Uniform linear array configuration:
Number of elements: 64
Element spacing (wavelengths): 0.5
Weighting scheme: kaiser
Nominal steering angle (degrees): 30
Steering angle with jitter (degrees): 28.432
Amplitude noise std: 0.05
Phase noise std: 0.05

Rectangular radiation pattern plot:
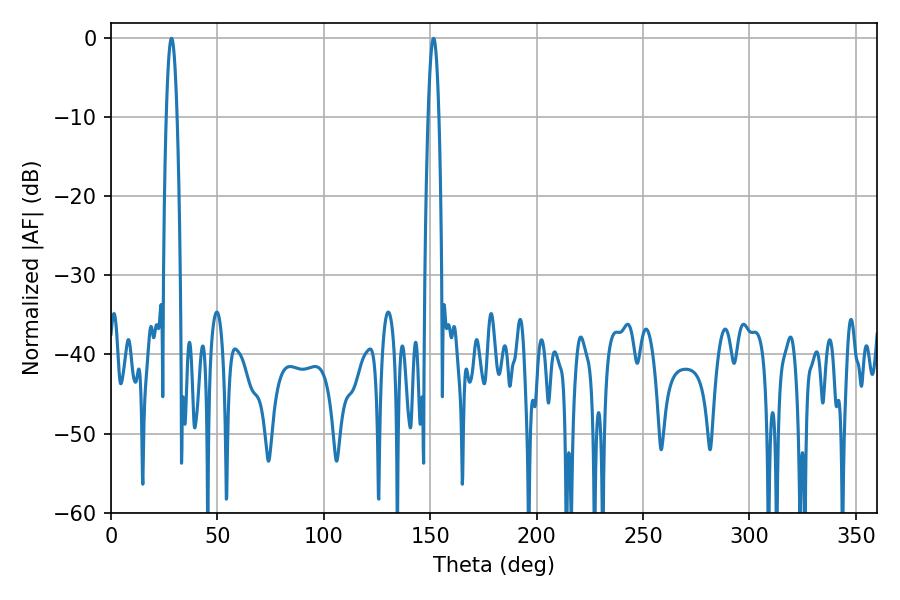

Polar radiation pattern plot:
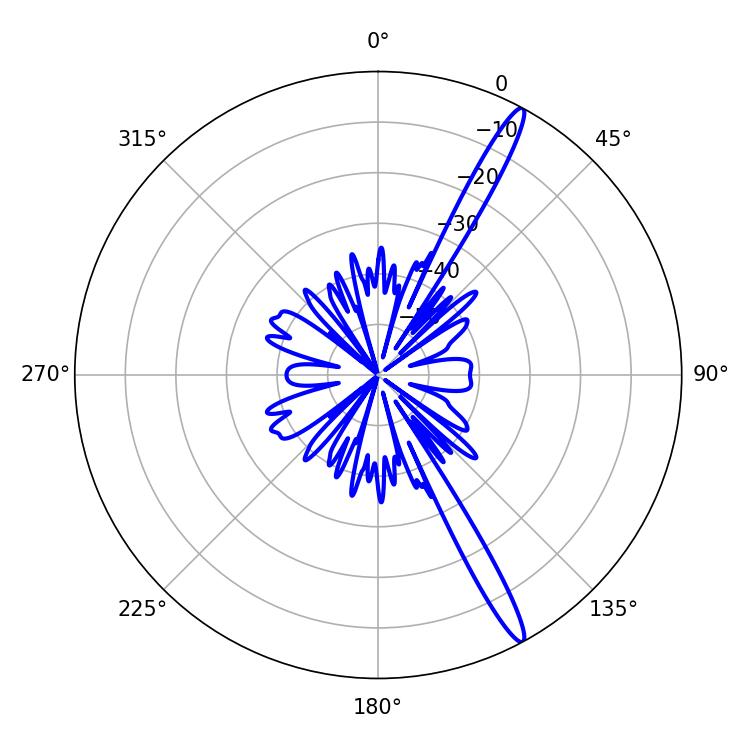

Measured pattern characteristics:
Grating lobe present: FALSE
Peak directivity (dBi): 15.966
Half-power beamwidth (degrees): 2.88
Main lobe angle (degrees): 28.44